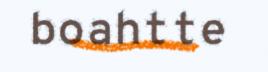
boahtte